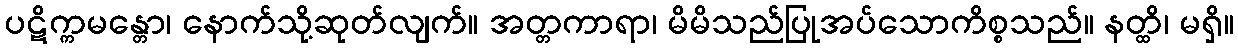
ပဋိက္ကမန္တော၊ နောက်သို့ဆုတ်လျက်။ အတ္တကာရာ၊ မိမိသည်ပြုအပ်သောကိစ္စသည်။ နတ္ထိ၊ မရှိ။